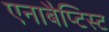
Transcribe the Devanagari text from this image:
एनाबैप्टिस्ट